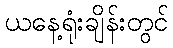
ယနေ့ရုံးချိန်းတွင်